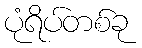
ပုံရိပ်တစ်ခု